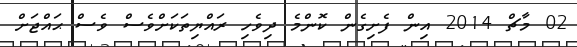
02 މާޗް 2014 އިން ފެށިގެން ކޮންމެ ދިވެހި ރައްޔިތަކަށްވެސް ވެސް ޙައްޖަށް